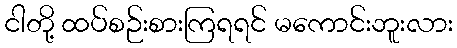
ငါတို့ ထပ်စဉ်းစားကြရရင် မကောင်းဘူးလား